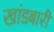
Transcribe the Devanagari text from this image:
खांडबारी